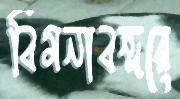
বিমনাবন্দরে